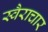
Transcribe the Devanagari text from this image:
स्वैराचार